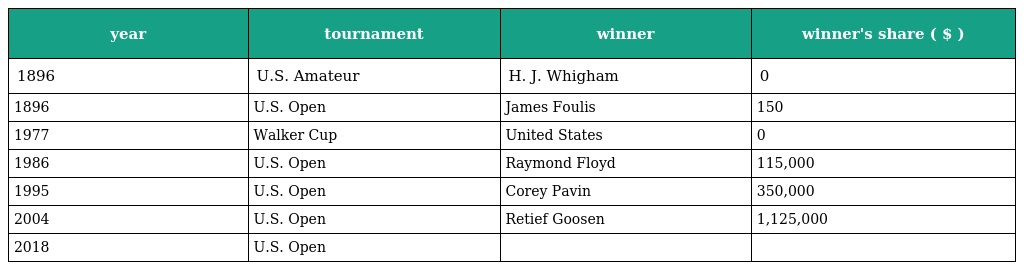
| year | tournament | winner | winner's share ( $ ) |
 | --- | --- | --- | --- |
 | 1896 | U.S. Amateur | H. J. Whigham | 0 |
 | 1896 | U.S. Open | James Foulis | 150 |
 | 1977 | Walker Cup | United States | 0 |
 | 1986 | U.S. Open | Raymond Floyd | 115,000 |
 | 1995 | U.S. Open | Corey Pavin | 350,000 |
 | 2004 | U.S. Open | Retief Goosen | 1,125,000 |
 | 2018 | U.S. Open |  |  |